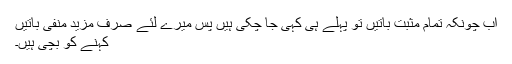
اب چونکہ تمام مثبت باتیں تو پہلے ہی کہی جا چکی ہیں پس میرے لئے صرف مزید منفی باتیں
کہنے کو بچی ہیں۔